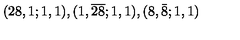
( 2 8 , 1 ; 1 , 1 ) , ( 1 , \overline { { 2 8 } } ; 1 , 1 ) , ( 8 , \bar { 8 } ; 1 , 1 )